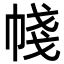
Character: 帴